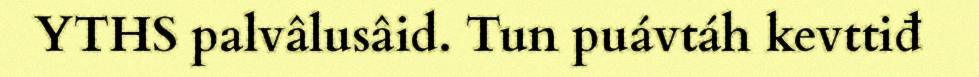
YTHS palvâlusâid. Tun puávtáh kevttiđ